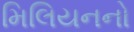
મિલિયનનો